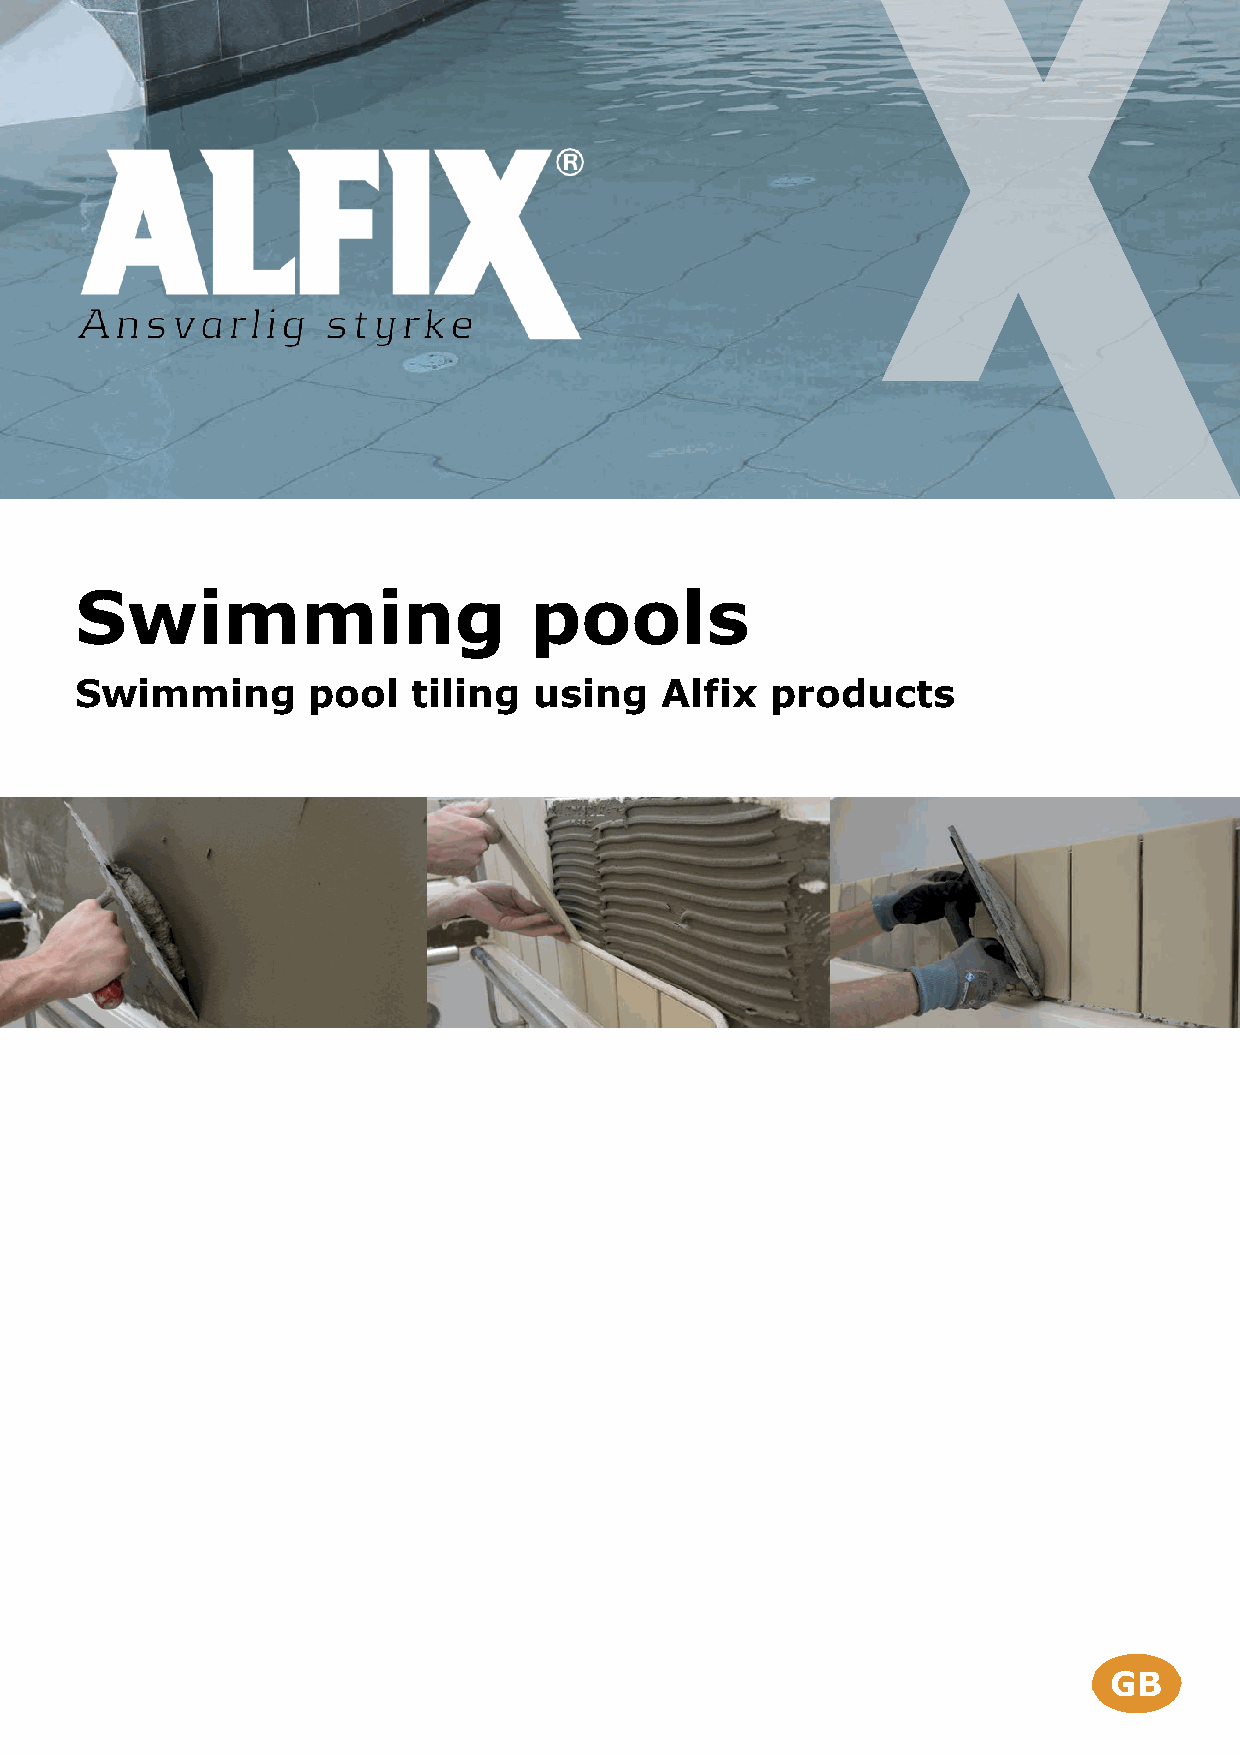
Swimming                      pools
 Swimming       pool   tiling  using    Alfix  products
 GB